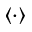
\langle \cdot \rangle